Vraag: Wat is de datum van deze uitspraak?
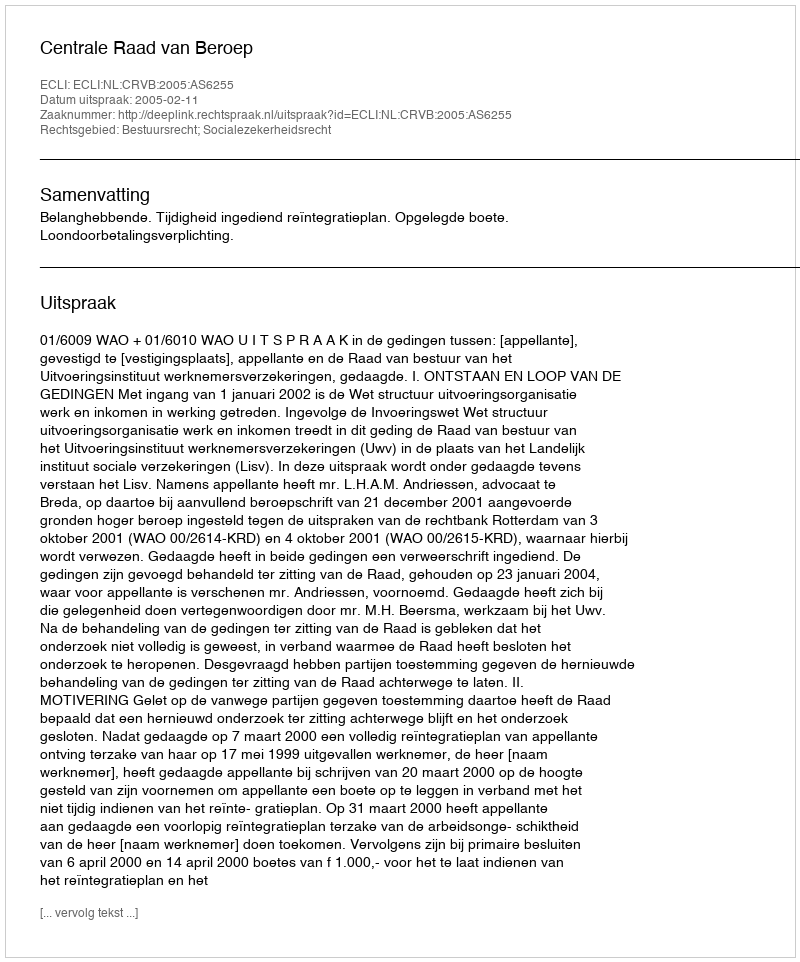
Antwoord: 2005-02-11